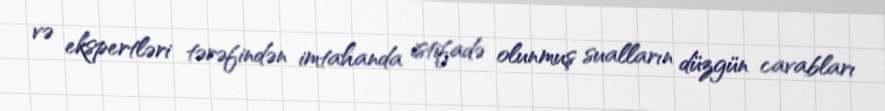
və ekspertləri tərəfindən imtahanda istifadə olunmuş sualların düzgün cavabları